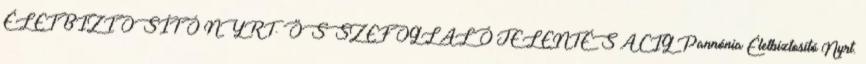
ÉLETBIZTOSÍTÓ NYRT. ÖSSZEFOGLALÓ JELENTÉS A CIG Pannónia Életbiztosító Nyrt.